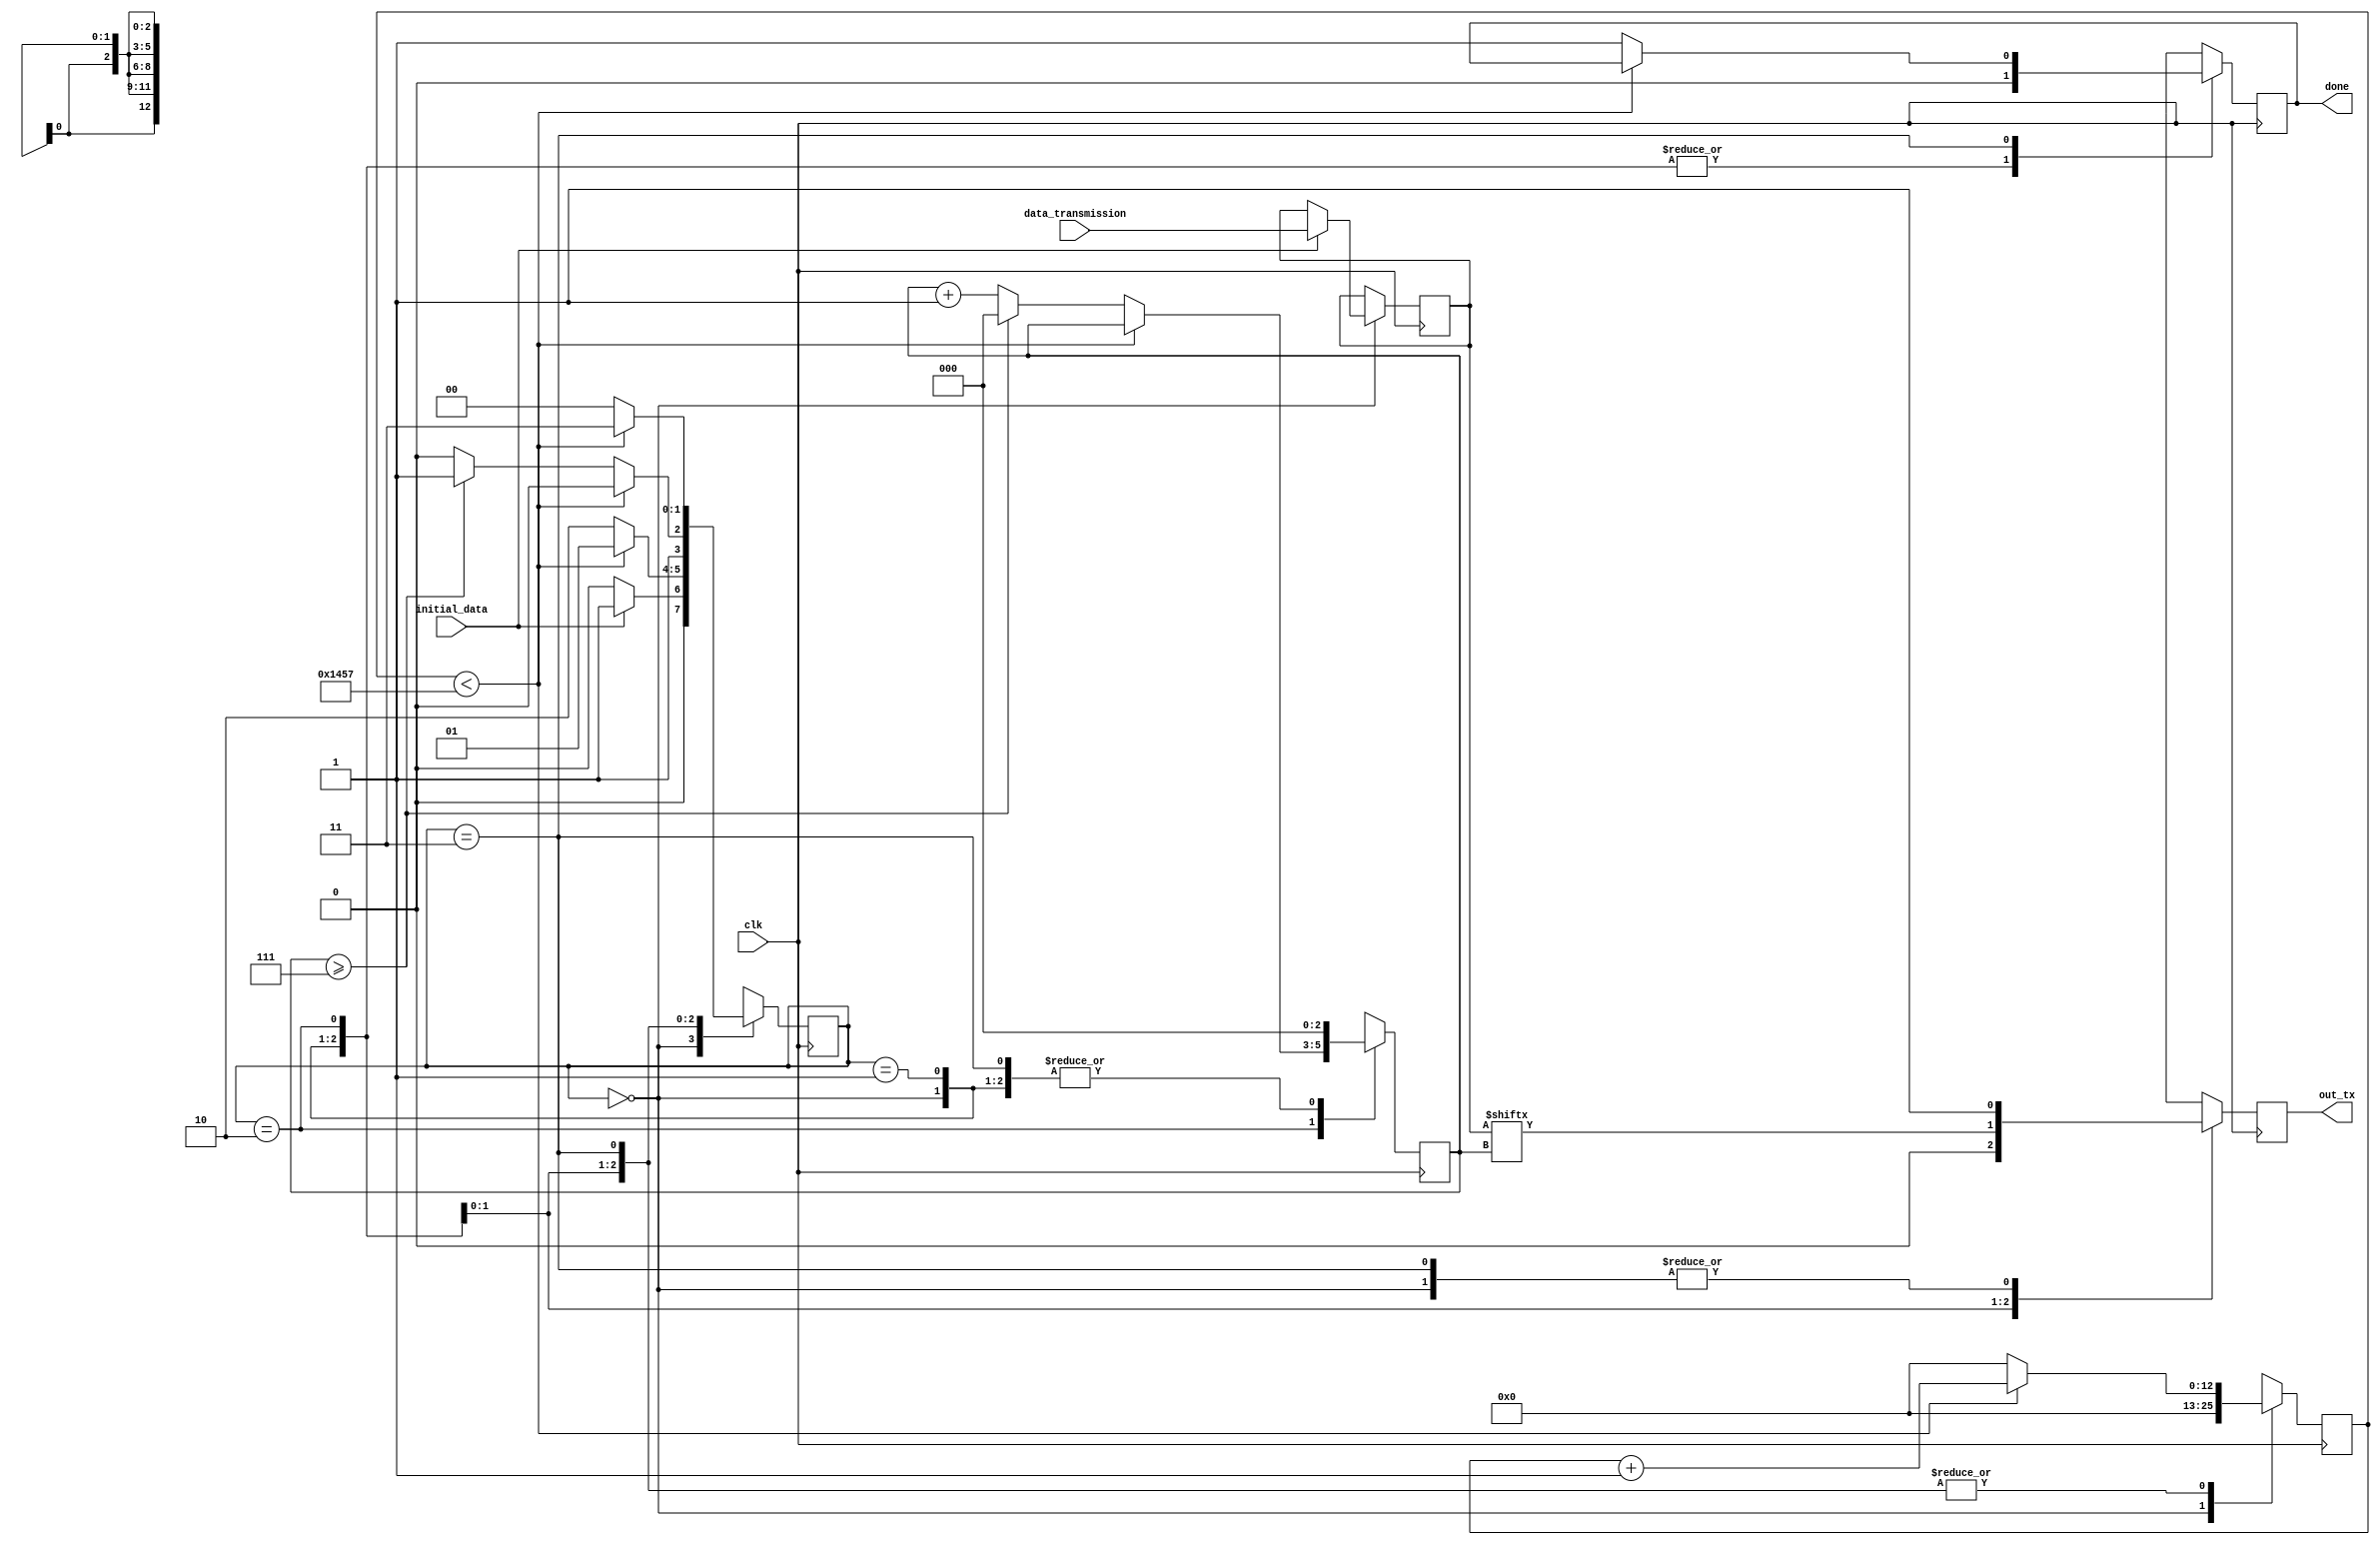

module uart_tx #(
    parameter CLKS_PER_BIT = 5208 // (50000000 / 9600) = 5208 pulsos de clock por bit
) (
    input        clk,                  
    input        initial_data,        
    input  [7:0] data_transmission,    
    output reg   out_tx,              
    output reg   done                 
);

    /* ESTADOS DA MQUINA DE ESTADOS DA UART */
    localparam IDLE  = 2'b00, // ESTADO DE OCIOSIDADE
               START = 2'b01, // ESTADO DE INCIO DA TRANSMISSO
               DATA  = 2'b10, // ESTADO DE TRANSMISSO DE DADOS
               STOP  = 2'b11; // ESTADO DE PARADA DA TRANSMISSO

    /* REGISTRADORES INTERNOS */
    reg [1:0]  state = 0;          // ESTADO ATUAL DA MQUINA DE ESTADOS
    reg [12:0] counter = 0;        // CONTADOR DE TEMPO PARA BAUD RATE
    reg [2:0]  bit_index = 0;      // NDICE DO BIT ATUAL
    reg [7:0]  data_bit = 0;      // BIT DE DADOS A SER ENVIADO


    /* TRANSIO DE ESTADOS */
    always @(posedge clk) begin
        case (state)

            IDLE: begin
                out_tx    = 1;            // NVEL ALTO NO PINO DE SADA
                done      = 0;            // SINALIZA QUE A TRANSMISSO NO EST CONCLUDA
                counter   = 0;            // ZERAR O CONTADOR DE TEMPO
                bit_index = 0;            // ZERAR O NDICE DO BIT

                if (initial_data == 1) begin        // AVISO QUE DADOS DEVEM SER ENVIADOS
                   
                    data_bit  <= data_transmission; // CARREGAR O DADO A SER ENVIADO
                    state <= START;               // MUDAR PARA O ESTADO DE INCIO DA TRANSMISSO
                end
                else begin
                    state <= IDLE;              // PERMANECE NO ESTADO DE OCIOSIDADE
                end
            end

            START: begin
                
                out_tx <= 0;           // NVEL BAIXO NO PINO DE SADA (BIT DE START)
                done <= 0;             // SINALIZA QUE A TRANSMISSO NO EST CONCLUDA
                bit_index = 0;         // ZERAR O NDICE DO BIT

                if (counter < CLKS_PER_BIT - 1) begin  // ESPERAR O BAUD RATE
                    counter <= counter + 13'b1;
                    state <= START;                   // PERMANECE NO ESTADO DE INCIO DA TRANSMISSO
                end
                else begin                             // O BIT DE START TERMINOU
                    counter <= 0;
                    state <= DATA;                    // MUDAR PARA O ESTADO DE TRANSMISSO DE DADOS
                end
            end

            DATA: begin
                
                done <= 0;             // SINALIZA QUE A TRANSMISSO NO EST CONCLUDA
                out_tx <= data_bit[bit_index];  // ENVIAR O BIT ATUAL

                if (counter < CLKS_PER_BIT - 1) begin  // ESPERAR O BAUD RATE
                    counter <= counter + 13'b1;
                    state <= DATA;                    // PERMANECE NO ESTADO DE TRANSMISSO DE DADOS
                end
                else begin
                    counter <= 13'd0;
                    if (bit_index >= 7) begin     // ENVIOU O LTIMO BIT
                        bit_index <= 0;
                        state <= STOP;            // MUDAR PARA O ESTADO DE PARADA DA TRANSMISSO
                    end
                    else begin                          // FALTA O RESTANTE DOS BITS
                        bit_index <= bit_index + 1'b1;
                        state <= DATA;                  // PERMANECE NO ESTADO DE TRANSMISSO DE DADOS
                    end
                end
            end

            STOP: begin
                out_tx <= 1;          // NVEL ALTO NO PINO DE SADA (BIT DE STOP)
                bit_index = 0;        // ZERAR O NDICE DO BIT

                if (counter < CLKS_PER_BIT - 1) begin
                    counter <= counter + 13'b1;
                    state <= STOP;       // PERMANECE NO ESTADO DE PARADA DA TRANSMISSO
                end
                else begin
                    done <= 1;          // SINALIZA QUE A TRANSMISSO FOI CONCLUDA
                    state <= IDLE;      // RETORNA AO ESTADO DE OCIOSIDADE
                   
                    counter <= 0;       // ZERAR O CONTADOR DE TEMPO
                end
            end
            default: begin
                state <= IDLE;                // CASO DE ESTADO NO RECONHECIDO, RETORNA AO ESTADO DE OCIOSIDADE
                out_tx = 1;                    // NVEL ALTO NO PINO DE SADA
                done = 0;                      // SINALIZA QUE A TRANSMISSO NO EST CONCLUDA
                counter = 0;                   // ZERAR O CONTADOR DE TEMPO
                bit_index = 0;                 // ZERAR O NDICE DO BIT
                end
        endcase
    end

endmodule